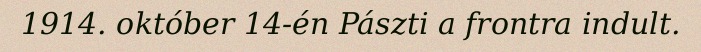
1914. október 14-én Pászti a frontra indult.